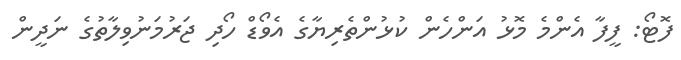
ފޮޓޯ: ފީފާ އެންމެ މޮޅު އަންހެން ކުޅުންތެރިޔާގެ އެވޯޑް ހޯދި ޖަރުމަނުވިލާތުގެ ނަދީން